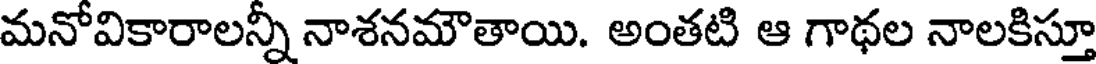
మనోవికారాలన్నీ నాశనమౌతాయి. అంతటి ఆ గాథల నాలకిస్తూ